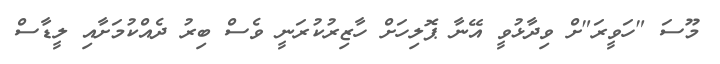
މޫސަ "ހަވީރަ"ށް ވިދާޅުވީ އޭނާ ޕޮލިހަށް ހާޒިރުކުރަނީ ވެސް ބިރު ދެއްކުމަށާއި ލީޑާސް